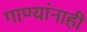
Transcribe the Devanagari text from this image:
गाण्यांनाही